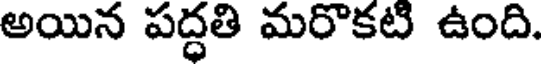
అయిన పద్ధతి మరొకటి ఉంది.